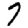
Digit: 7